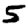
Digit: 5